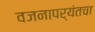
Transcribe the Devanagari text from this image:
वजनापर्यंतचा